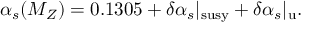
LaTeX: \alpha _ { s } ( M _ { Z } ) = 0 . 1 3 0 5 + \delta \alpha _ { s } | _ { \mathrm { s u s y } } + \delta \alpha _ { s } | _ { \mathrm { u } } .